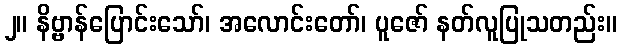
၂။ နိဗ္ဗာန်ပြောင်းသော်၊ အလောင်းတော်၊ ပူဇော် နတ်လူပြုသတည်း။